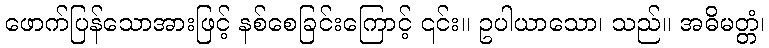
ဖောက်ပြန်သောအားဖြင့် နစ်စေခြင်းကြောင့် ၎င်း။ ဥပါယာသော၊ သည်။ အဓိမတ္တံ၊